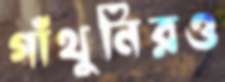
গাঁথুনিরও